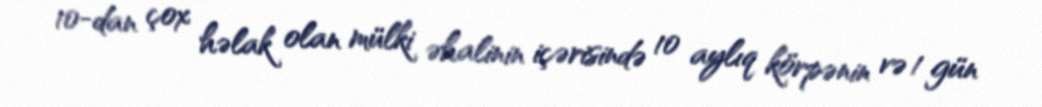
10-dan çox həlak olan mülki əhalinin içərisində 10 aylıq körpənin və 1 gün